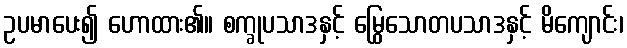
ဥပမာပေး၍ ဟောထား၏။ စက္ခုပသာဒနှင့် မြွေသောတပသာဒနှင့် မိကျောင်း၊